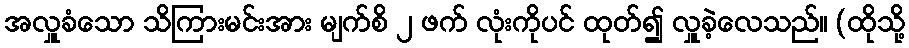
အလှူခံသော သိကြားမင်းအား မျက်စိ ၂ ဖက် လုံးကိုပင် ထုတ်၍ လှူခဲ့လေသည်။ (ထိုသို့